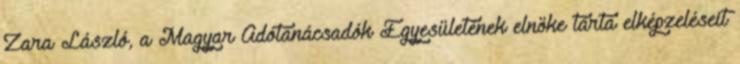
Zara László, a Magyar Adótanácsadók Egyesületének elnöke tárta elképzeléseit